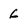
Character: 6